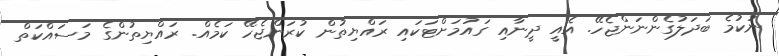
ނުކުމެ ބަދަލުގެންނަންޖެހޭ. އެއީ ދީނާއި ގައުމަށްޓަކައި ރައްޔިތުން ކުރަންޖެހޭ ކަމެއް. ރައްޔިތުންގެ މަސައްކަތް